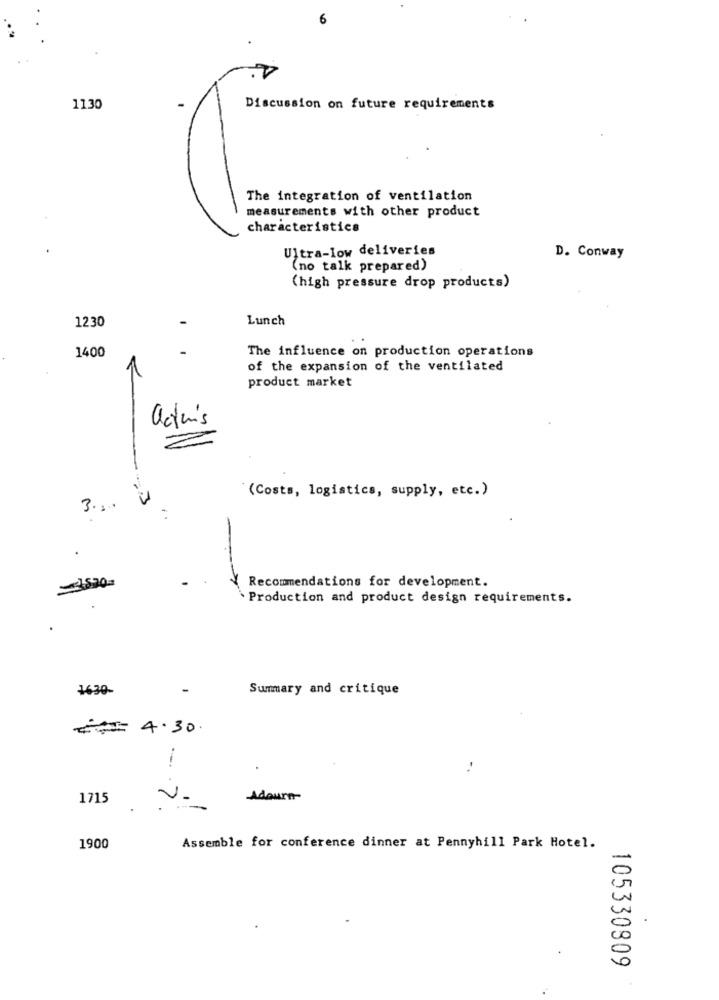
6
1130
Discussion on future requirements
The integration of ventilation
measurements with other product
characteristics
Ultra-low deliveries
D. Conway
(no talk prepared)
(high pressure drop products)
1230
Lunch
The influence on production operations
1400
1
of the expansion of the ventilated
product market
actions
(Costs, logistics, supply, etc.)
M
-3
=3,520=
Recommendations for development.
. Production and product design requirements.
1630-
-
Summary and critique
=== 4.30.
1
1715
Adourn
v-
1900
Assemble for conference dinner at Pennyhill Park Hotel.
105330809